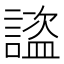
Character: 𧫺